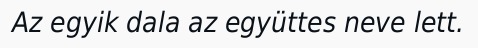
Az egyik dala az együttes neve lett.